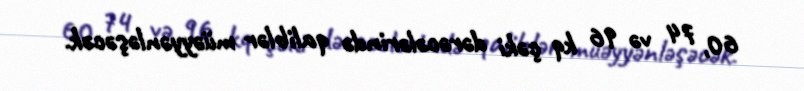
60, 74 və 96 kq çəki dərəcələrində qaliblər müəyyənləşəcək.